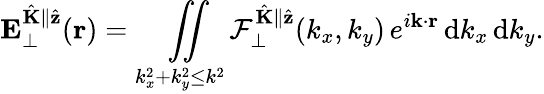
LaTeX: \mathbf{E}_{\perp}^{\hat{\mathbf{K}}\parallel\hat{\mathbf{z}}}(\mathbf{r})=\underset{k_{x}^{2}+k_{y}^{2}\leq k^{2}}{\iint}\mathcal{F}_{\perp}^{\hat{\mathbf{K}}\parallel\hat{\mathbf{z}}}(k_{x},k_{y})\, e^{i\mathbf{k}\cdot\mathbf{r}}\, \mathrm{d}k_{x}\, \mathrm{d}k_{y}.